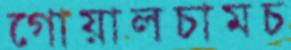
গোয়ালচামচ